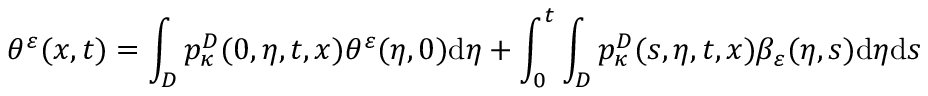
\theta ^ { \varepsilon } ( x , t ) = \int _ { D } p _ { \kappa } ^ { D } ( 0 , \eta , t , x ) \theta ^ { \varepsilon } ( \eta , 0 ) \mathrm { d } \eta + \int _ { 0 } ^ { t } \int _ { D } p _ { \kappa } ^ { D } ( s , \eta , t , x ) \beta _ { \varepsilon } ( \eta , s ) \mathrm { d } \eta \mathrm { d } s